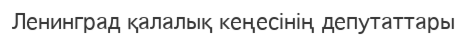
Ленинград қалалық кеңесінің депутаттары